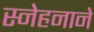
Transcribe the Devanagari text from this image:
स्नेहनाने